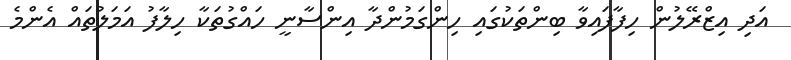
އަދި އިޒްރޭލުން ހިފާފައިވާ ބިންތަކުގައި ހިންގަމުންދާ އިންސާނީ ހައްގުތަކާ ހިލާފު އަމަލުތައް އެންމެ